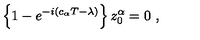
\left\{ 1 - e ^ { - i \left( c _ { \alpha } T - \lambda \right) } \right\} z _ { 0 } ^ { \alpha } = 0 \ ,